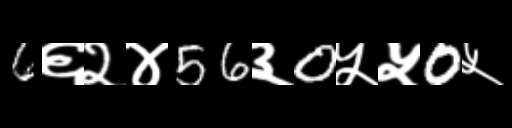
Text: 6६२४56३0५५0५